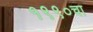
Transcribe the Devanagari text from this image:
१९९०चा